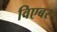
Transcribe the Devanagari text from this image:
विएबर